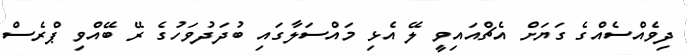
ދިވެއްސެއްގެ ގަޔަށް އެޗްއައިވީ ލޭ އެޅި މައްސަލާގައި ބުދަދުވަހުގެ ރޭ ބޭއްވި ޕްރެސް